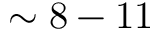
\sim 8 - 1 1